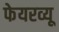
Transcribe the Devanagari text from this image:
फेयरव्यू